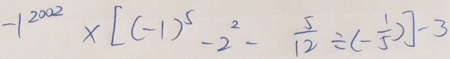
- 1 ^ { 2 0 0 2 } \times [ ( - 1 ) ^ { 5 } - 2 ^ { 2 } - \frac { 5 } { 1 2 } \div ( - \frac { 1 } { 5 } ) ] - 3